Report on vaccination in Madras 1904-1921 - 1904-1921
Year: 1904
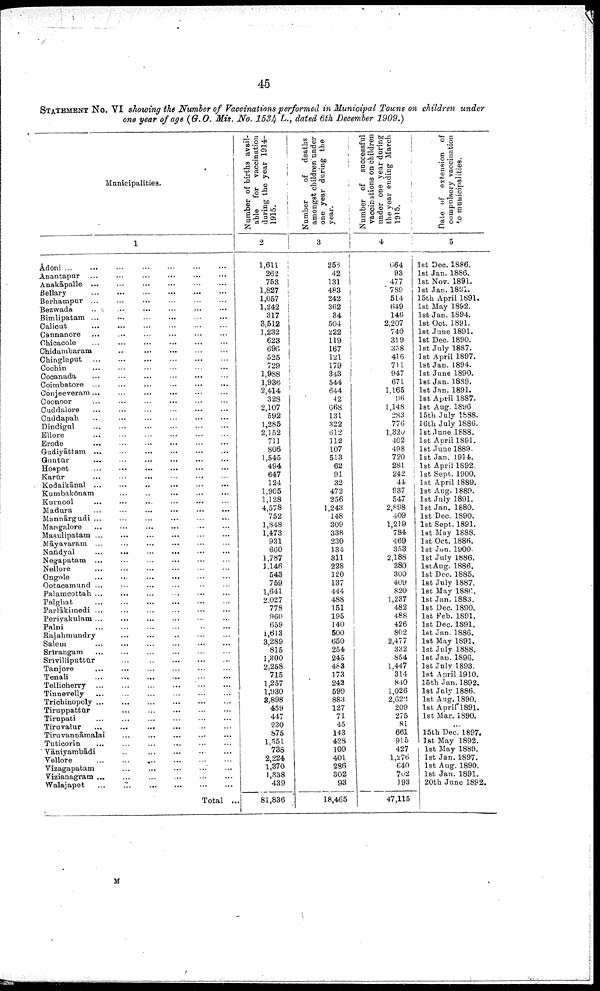
45
STATEMENT NO. VI showing the Number of Vaccinations performed in Municipal Towns on children under
one year of age (G.O. Mis. No. 1534 L., dated 6th December 1909.)
Municipalities.
1
Ādōni ...
...
... ... ... ... ...
Anantapur
...
...
...
...
...
...
Anakāpalle
...
...
...
...
...
...
Bellary
...
...
...
...
...
...
Berhampur ...
...
...
...
...
...
Bezwada ... ... ... ... ... ...
Bimlipatam
...
...
...
...
...
...
Calicut
...
...
...
...
...
...
Cannanore ...
...
...
...
...
...
Chicacole
...
...
...
...
...
...
Chidambaram
...
...
...
...
...
Chingleput
...
...
...
...
...
...
Cochin
...
...
...
...
...
...
Cocanada ... ... ... ... ... ...
Coimbatore ...
...
...
...
...
...
Conjeeveram ...
...
...
... ... ...
Coonoor
...
...
... ... ... ...
Cuddalore
...
...
...
...
...
...
Cuddapah
...
...
...
...
...
...
Dindigul
...
...
...
...
...
...
Ellore
...
...
...
...
...
...
Erode
...
...
...
...
...
...
Gudiyāttam
...
...
...
...
...
...
Guntūr
...
...
...
...
...
...
Hospet
...
...
...
...
...
...
Karūr
...
...
...
...
...
...
Kodaikānal
...
...
...
...
...
...
Kumbakōnam ... ... ... ... ...
Kurnool ... ... ... ... ... ...
Madura ... ... ... ... ... ...
Mannārgudi ...
...
...
...
...
...
Mangalore
...
... ... ... ... ...
Masulipatam ... ... ... ... ... ...
Māyavaram ...
...
... ... ... ...
Nandyal
...
...
...
...
...
...
Negapatam ... ... ... ... ... ...
Nellore
...
...
...
...
...
...
Ongole
...
...
...
...
...
...
Ootacamund ... ... ... ... ... ...
Palamcottah
...
...
...
...
...
...
Palghat
...
...
...
...
...
...
Parlākimedi
...
...
...
...
...
...
Periyakulam...
... ... ... ... ...
Palni
...
...
...
...
...
...
Rajahmundry
...
... ... ... ... ...
Salem
...
...
...
...
...
...
Srīrangam ... ... ... ... ... ...
Srīvilliputtūr
...
...
...
...
...
Tanjore
...
...
...
...
...
...
Tenali
...
...
...
...
...
...
Tellicherry ... ... ... ... ... ...
Tinnevelly
...
...
...
...
...
...
Trichinopoly ... ... ... ... ... ...
Tiruppattūr
...
...
...
...
...
Tirupati
...
...
...
...
...
...
Tiruvalur
...
...
...
...
...
...
Tiruvannāmalai
...
...
...
...
...
Tuticorin
...
...
...
...
...
...
Vāniyambādi ... ... ... ... ...
Vellore
...
...
...
...
...
...
Vizagapatam
... ... ... ... ... ...
Vizianagram ... ... ... ... ... ...
Walajapet ... ... ... ... ... ...
Total ...
Number of births avail
able for vaccination
during the year 1914-
1915.
2
1,611
262
763
1,827
1,057
1,242
317
3,512
1,232
623
696
525
729
1,988
1,936
2,414
328
2,107
592
1,285
2,152
711
806
1,545
494
647
124
1,905
1,128
4,578
752
1,848
1,473
931
660
1,787
1,146
543
759
1,641
2,027
778
960
659
1,613
3,289
815
1,300
2,258
715
1,257
1,930
3,898
459
447
230
875
1,551
738
2,224
1,370
1,838
439
81,836
Number
of deaths
amongst children under
one year during the
year.
3
258
42
131
483
242
362
34
504
222
119
167
121
179
343
544
644
42
668
131
322
612
112
107
513
62
91
32
472
256
1,243
148
309
338
230
134
311
228
120
137
444
488
151
195
140
500
650
254
245
483
173
242
599
883
127
71
45
143
428
109
401
286
302
93
18,465
Number of successful
vaccinations on children
under one year during
the year ending March
1915.
4
664
93
477
789
514
649
146
2,207
740
319
358
416
711
947
671
1,165
96
1,148
283
776
1,320
402
498
720
281
242
44
937
547
2,898
409
1,219
784
469
353
2,188
380
300
409
820
1,237
482
488
426
802
2,477
332
854
1,447
314
840
1,026
2,622
209
275
81
661
915
427
1,276
640
702
193
47,115
Date of extension of
compulsory vaccination
to municipalities.
5
1st Dec. 1886.
1st Jan. 1886.
1st Nov. 1891.
1st Jan. 1891.
15th April 1891.
1st May 1892.
1st Jan. 1894.
1st Oct. 1891.
1st June 1891.
1st Dec. 1890.
1st July 1887.
1st April 1897.
1st Jan. 1894.
1st June 1890.
1st Jan.1889.
1st Jan. 1891.
1st April 1887.
1st Aug. 1896
15th July 1888.
16th July 1886.
1st June 1888.
1st April 1891.
1st June 1889.
1st Jan. 1914.
1st April 1892.
1st Sept. 1900.
1st April 1889.
1st Aug. 1889.
1st July 1891.
1st Jan. 1880.
1st Dec. 1890.
1st Sept. 1891.
1st May 1888.
1st Oct. 1886.
1st Jan. 1900.
1st July 1886.
1st Aug. 1886.
1st Dec. 1885.
1st July 1887.
1st May 1886.
1st Jan. 1883.
1st Dec. 1890.
1st Feb. 1891.
1st Dec. 1891.
1st Jan. 1886.
1st May 1891.
1st July 1888.
1st Jan. 1896.
1st July 1893.
1st April 1910.
15th Jan. 1892.
1st July 1886.
1st Aug. 1890.
1st April 1891.
1st Mar. 1890.
...
15th Dec. 1897.
1st May 1892.
1st May 1889.
1st Jan. 1897.
1st Aug. 1890.
1st Jan. 1891.
20th June 1892.
M